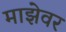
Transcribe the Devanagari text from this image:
माझेवर